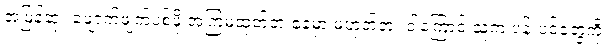
အမြန်ဆုံး ဖျောက်ဖျက်ပစ်ဖို့ အကြံမထုတ်ဘဲ နေမှာ မဟုတ်ဘူး ဒါကြောင့် သူက ပန်းပင်တွေကို